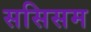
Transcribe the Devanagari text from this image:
ससिसम